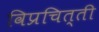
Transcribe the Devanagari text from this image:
विप्रचित्ती